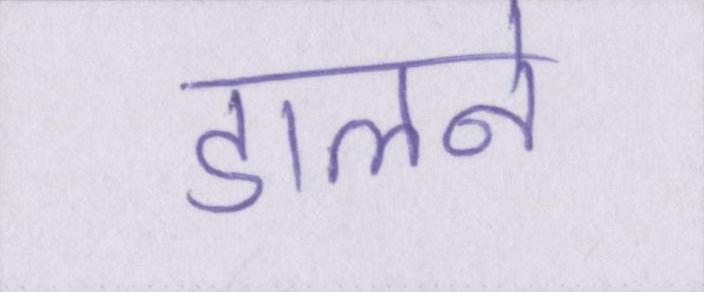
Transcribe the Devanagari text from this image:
डालने